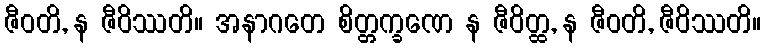
ဇီဝတိ, န ဇီဝိဿတိ။ အနာဂတေ စိတ္တက္ခဏေ န ဇီဝိတ္ထ, န ဇီဝတိ, ဇီဝိဿတိ။